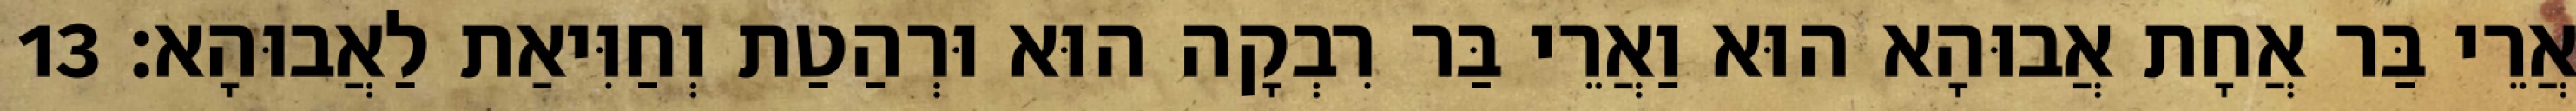
אֲרֵי בַּר אֲחָת אֲבוּהָא הוּא וַאֲרֵי בַּר רִבְקָה הוּא וּרְהַטַת וְחַוִּיאַת לַאֲבוּהָא׃ 13